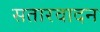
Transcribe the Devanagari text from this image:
सतारवादन